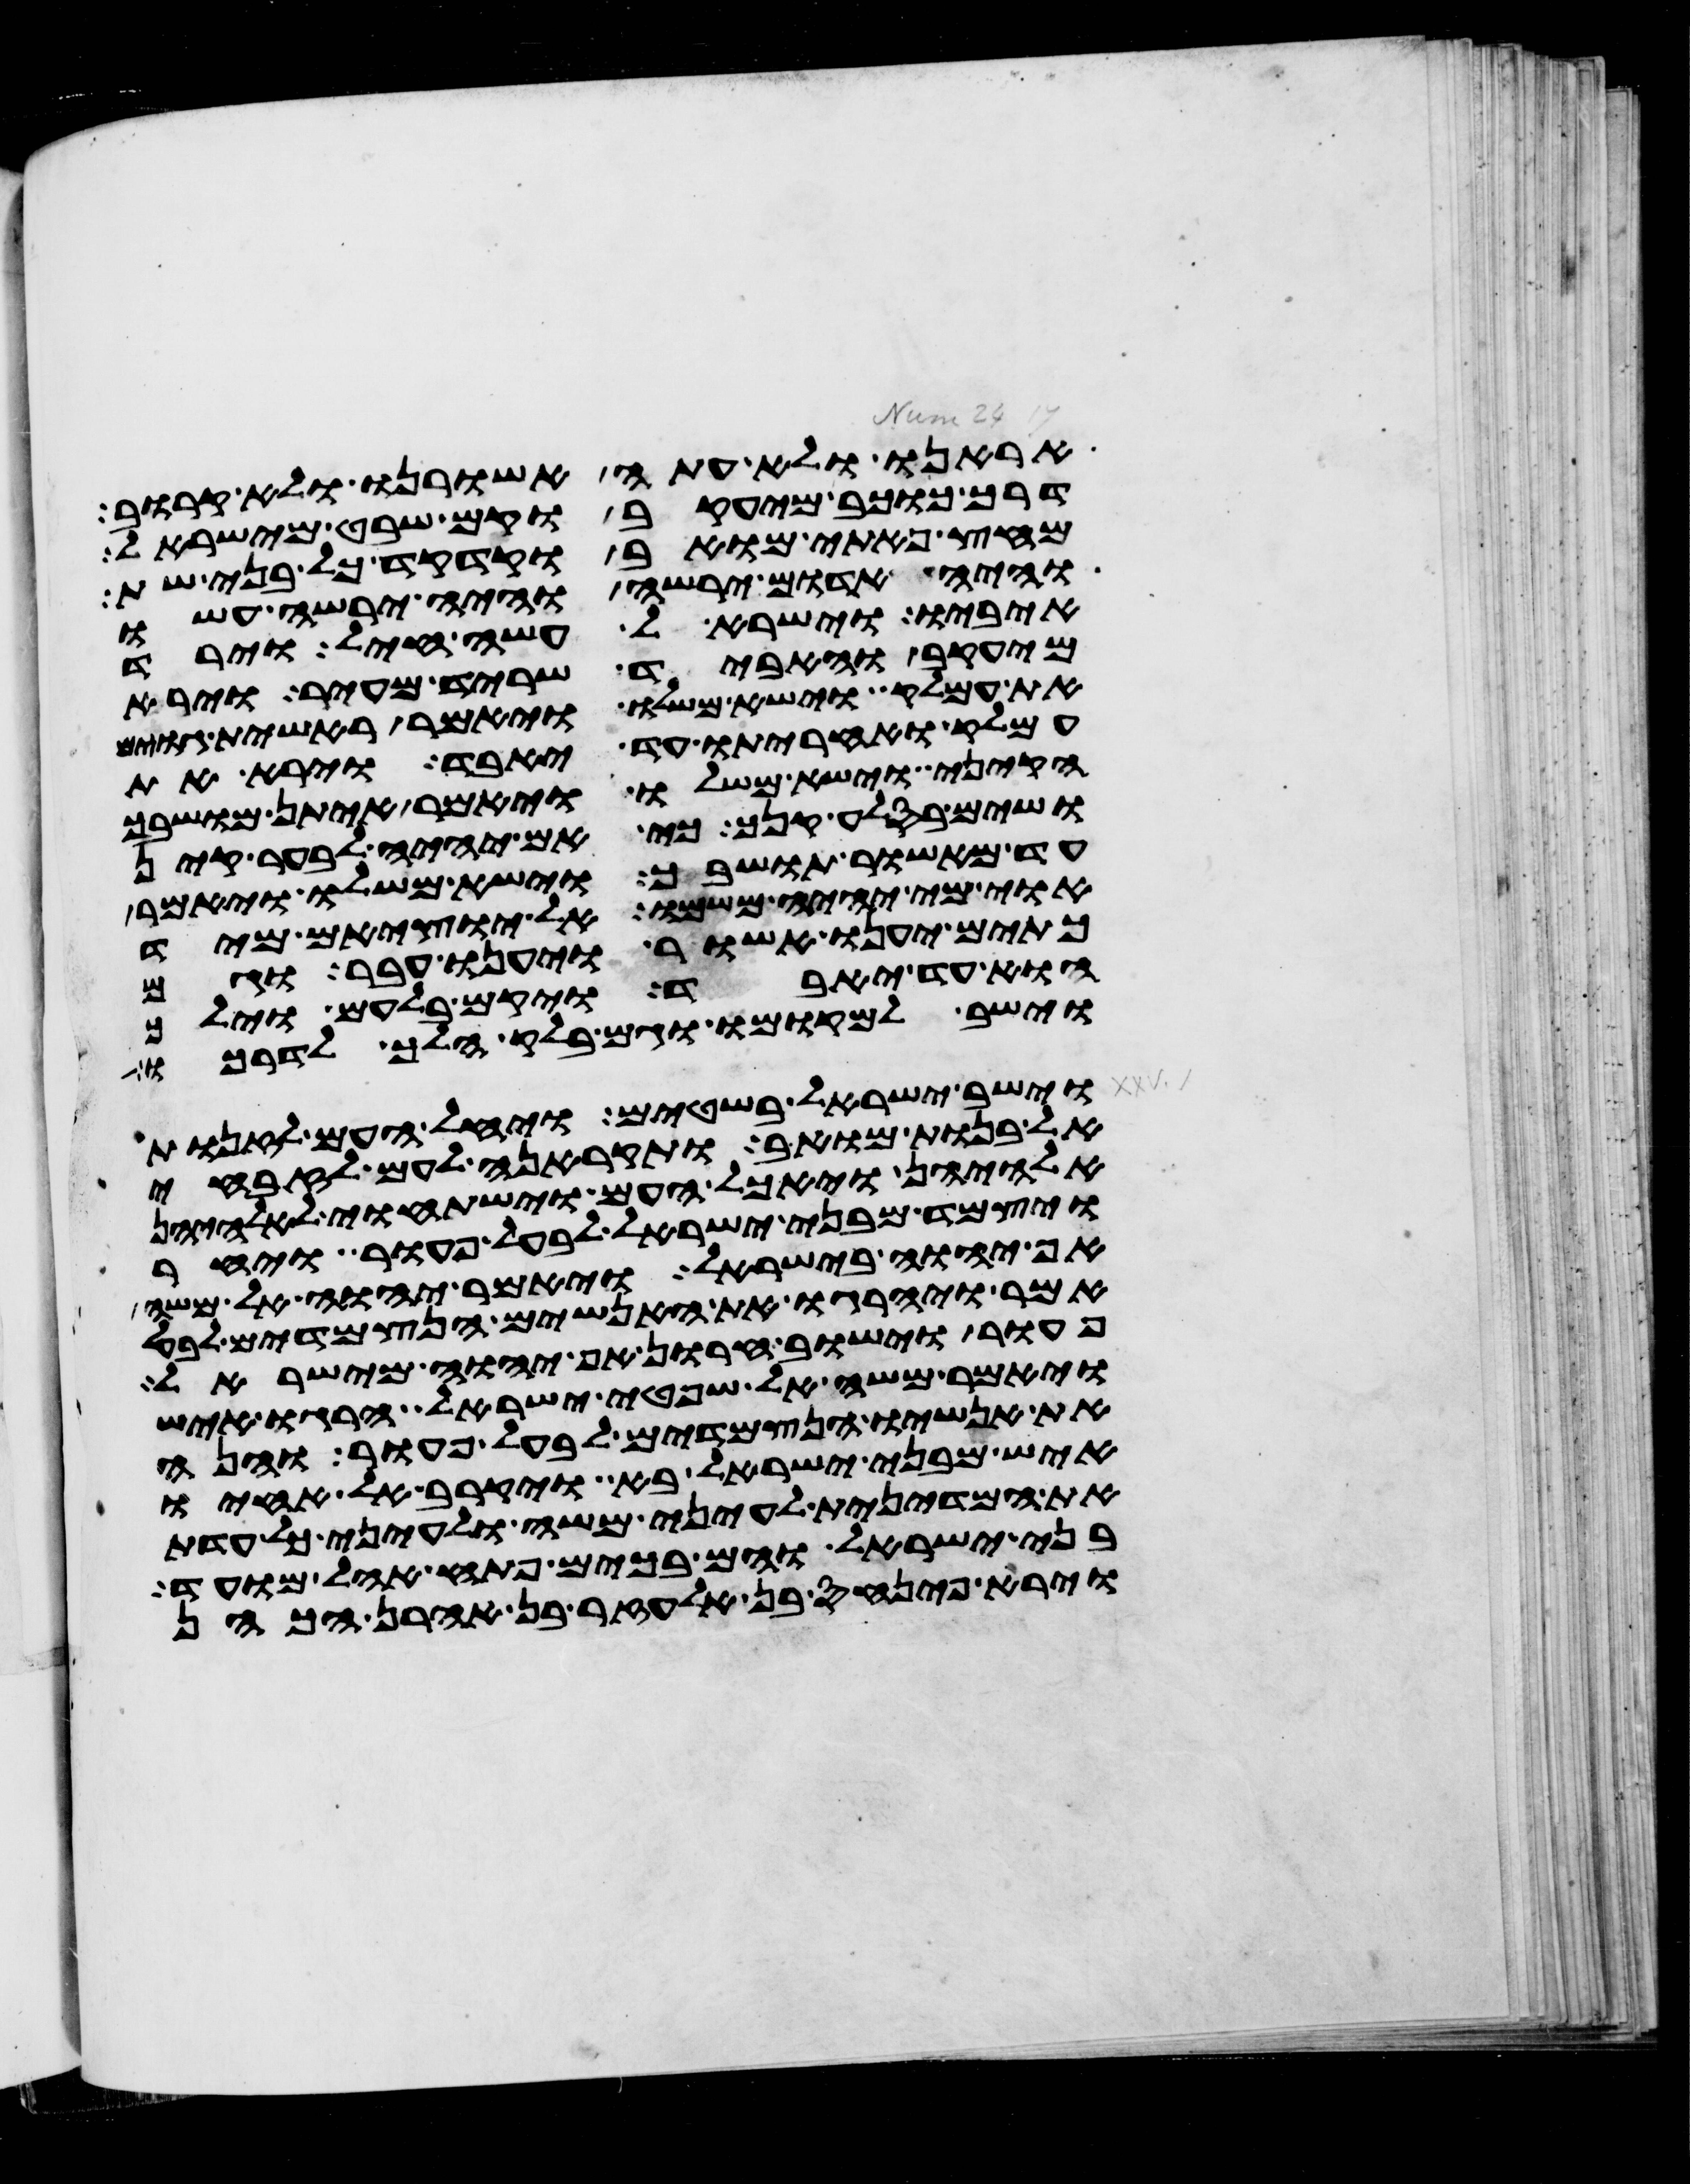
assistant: אראנו ולא עתה אשורנו ולא קרוב
דרך כוכב מיעקב וקם שבט מישראל
מחץ פתי מואב וקדקד כל בני שת
והיה אדום ירשה והיה ירשה עשו
איביו וישראל עשה חיל וירד
מיעקב והאביד שריד מעיר וירא
את עמלק וישא משלו ויאמר ראשית גוים
עמלק ואחריתו עד יאבד וירא את
הקיני וישא משלו ויאמר איתן מושבך
ושים בסלע קנך כי אם יהיה לבער קין
עד מאשור תושבך וישא משלו ויאמר
אוי מי יהיה משמו אל יוציאם מיד
כתים יענו אשור ויענו עבר וגם
הוא עד יאבד ויקם בלעם וילך
וישב למקומו וגם בלק הלך לדרכו
וישב ישראל בשטים ויחל העם לזנות
אל בנות מואב ותקראנה לעם לזבחי
אלהיהן ויאכל העם וישתחוי לאלהיהן
ויצמד מבני ישראל לבעל פעור ויחר
אף יהוה בישראל ויאמר יהוה אל משה
אמר ויהרגו את האנשים הנצמדים לבעל
פעור וישוב חרון אף יהוה מישראל
ויאמר משה אל שפטי ישראל הרגו איש
את אנשיו הנצמדים לבעל פעור והנה
איש מבני ישראל בא ויקרב אל אחיו
את המדינית לעיני משה ולעיני כל עדת
בני ישראל והם בכים פתח אהל מועד
וירא פינחס בן אלעזר בן אהרן הכהן